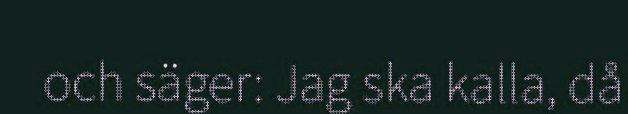
och säger: Jag ska kalla, då